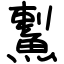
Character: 䱫